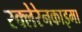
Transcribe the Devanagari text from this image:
स्क्लेरेनकाइमा